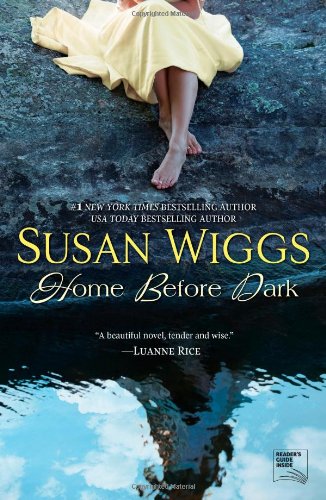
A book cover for Home Before Dark; Susan Wiggs; Literature & Fiction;